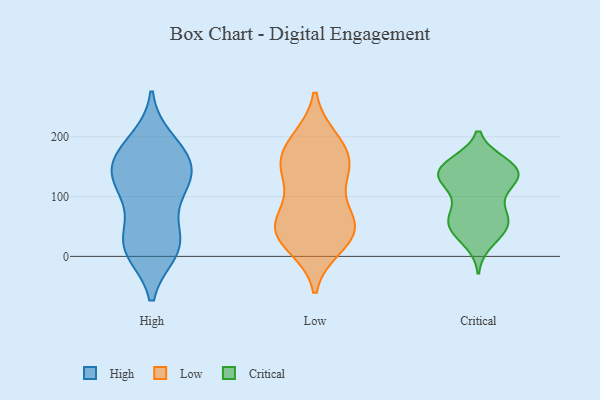
{"axis": {"x": "Market Share (%)", "y": "Value"}, "legend": ["Critical", "High", "Low"], "data": [{"x": "", "y": 17, "type": "High"}, {"x": "", "y": 192, "type": "High"}, {"x": "", "y": 169, "type": "High"}, {"x": "", "y": 23, "type": "High"}, {"x": "", "y": 118, "type": "High"}, {"x": "", "y": 35, "type": "High"}, {"x": "", "y": 105, "type": "High"}, {"x": "", "y": 158, "type": "High"}, {"x": "", "y": 10, "type": "High"}, {"x": "", "y": 114, "type": "High"}, {"x": "", "y": 148, "type": "High"}, {"x": "", "y": 135, "type": "High"}, {"x": "", "y": 172, "type": "High"}, {"x": "", "y": 15, "type": "High"}, {"x": "", "y": 195, "type": "Low"}, {"x": "", "y": 150, "type": "Low"}, {"x": "", "y": 160, "type": "Low"}, {"x": "", "y": 44, "type": "Low"}, {"x": "", "y": 62, "type": "Low"}, {"x": "", "y": 193, "type": "Low"}, {"x": "", "y": 198, "type": "Low"}, {"x": "", "y": 143, "type": "Low"}, {"x": "", "y": 125, "type": "Low"}, {"x": "", "y": 55, "type": "Low"}, {"x": "", "y": 55, "type": "Low"}, {"x": "", "y": 150, "type": "Low"}, {"x": "", "y": 15, "type": "Low"}, {"x": "", "y": 154, "type": "Low"}, {"x": "", "y": 42, "type": "Low"}, {"x": "", "y": 16, "type": "Low"}, {"x": "", "y": 26, "type": "Low"}, {"x": "", "y": 85, "type": "Low"}, {"x": "", "y": 59, "type": "Low"}, {"x": "", "y": 126, "type": "Critical"}, {"x": "", "y": 156, "type": "Critical"}, {"x": "", "y": 138, "type": "Critical"}, {"x": "", "y": 126, "type": "Critical"}, {"x": "", "y": 135, "type": "Critical"}, {"x": "", "y": 71, "type": "Critical"}, {"x": "", "y": 154, "type": "Critical"}, {"x": "", "y": 24, "type": "Critical"}, {"x": "", "y": 51, "type": "Critical"}, {"x": "", "y": 155, "type": "Critical"}, {"x": "", "y": 90, "type": "Critical"}, {"x": "", "y": 45, "type": "Critical"}, {"x": "", "y": 133, "type": "Critical"}, {"x": "", "y": 140, "type": "Critical"}, {"x": "", "y": 118, "type": "Critical"}, {"x": "", "y": 58, "type": "Critical"}, {"x": "", "y": 39, "type": "Critical"}, {"x": "", "y": 65, "type": "Critical"}, {"x": "", "y": 151, "type": "Critical"}, {"x": "", "y": 62, "type": "Critical"}]}